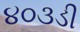
૪૦૩ડી